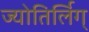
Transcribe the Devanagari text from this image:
ज्योतिर्लिग्